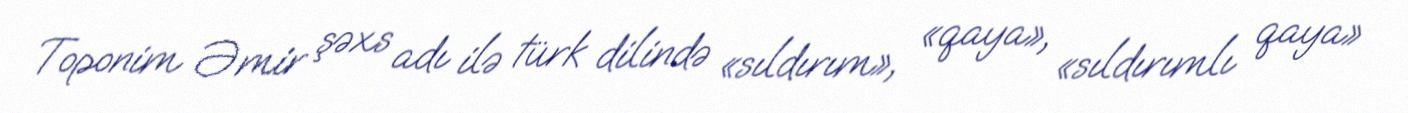
Toponim Əmir şəxs adı ilə türk dilində «sıldırım», «qaya», «sıldırımlı qaya»